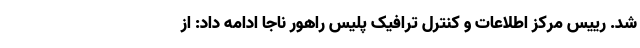
شد. رییس مرکز اطلاعات و کنترل ترافیک پلیس راهور ناجا ادامه داد: از